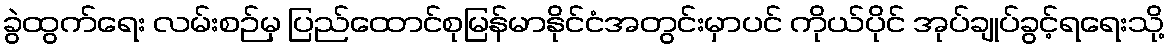
ခွဲထွက်ရေး လမ်းစဉ်မှ ပြည်ထောင်စုမြန်မာနိုင်ငံအတွင်းမှာပင် ကိုယ်ပိုင် အုပ်ချုပ်ခွင့်ရရေးသို့